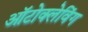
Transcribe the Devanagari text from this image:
ऑटोक्लेविंग